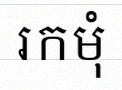
រកមុំ